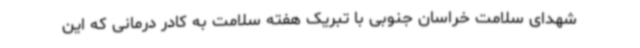
شهدای سلامت خراسان جنوبی با تبریک هفته سلامت به کادر درمانی که این